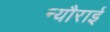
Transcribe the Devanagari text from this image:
न्यौराई